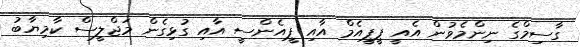
ގާސިމްގެ ނިންމެވުން އެއީ ޕީޕީއެމް އާއި ޕީއެންސީ އާއި ގުޅިގެން މަޖްލީސް ކާމިޔާބު